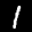
Label: 1